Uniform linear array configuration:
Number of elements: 16
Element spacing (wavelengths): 0.75
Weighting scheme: uniform
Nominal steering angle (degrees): -45
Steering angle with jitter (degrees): -43.811
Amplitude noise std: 0.05
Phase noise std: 0.05

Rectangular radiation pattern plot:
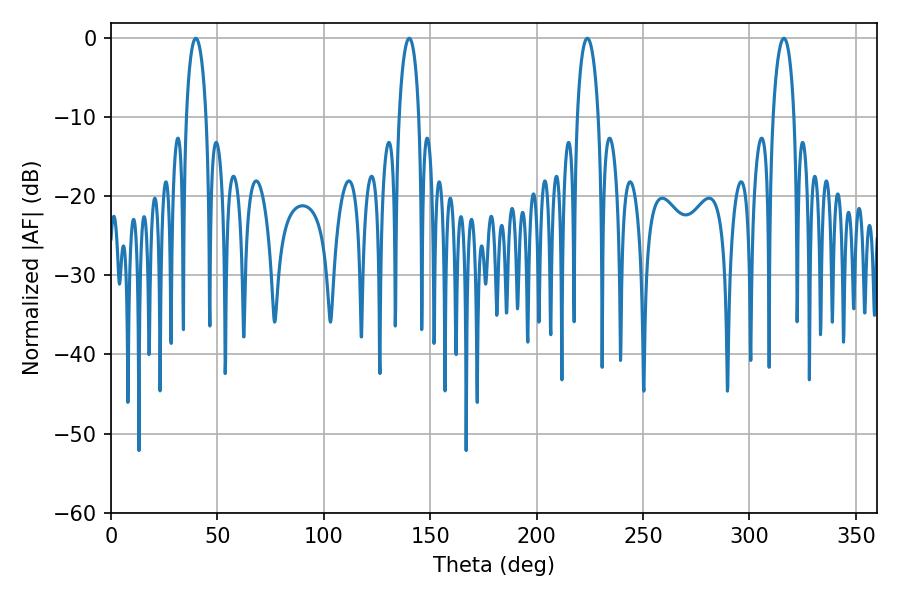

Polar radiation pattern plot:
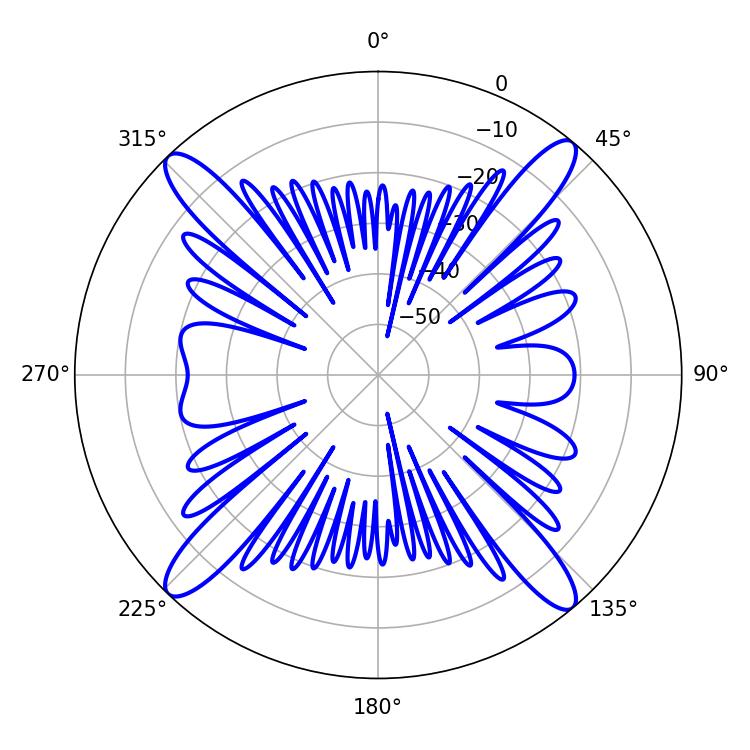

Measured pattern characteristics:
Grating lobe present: TRUE
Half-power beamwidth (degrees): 5.76
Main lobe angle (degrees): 223.74